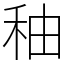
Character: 秞